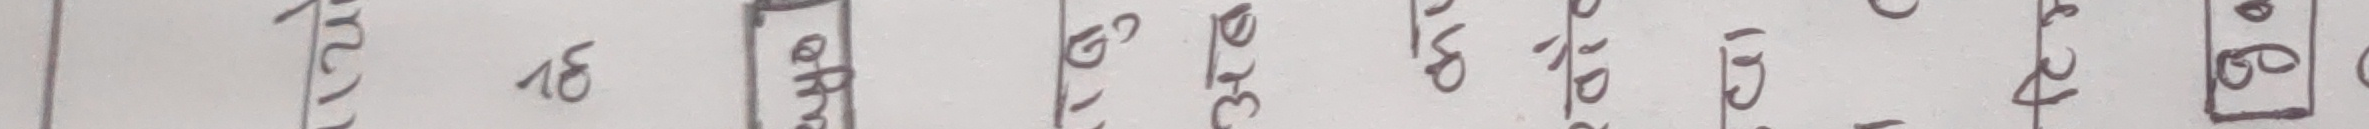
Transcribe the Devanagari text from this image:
१४० RR ३१८ बी ७२ ६७ ४३ १६ बी ७०